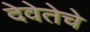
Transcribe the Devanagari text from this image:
देवेतेचे